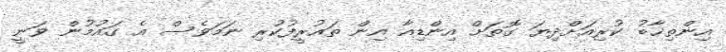
އިންތިޚާބު ކުރިއަށްދިޔަ ގޮތަށް އިންޑިއާ އިން ތައުރީފުކުރި ނަމަވެސް އެ ގައުމުން ވަނީ